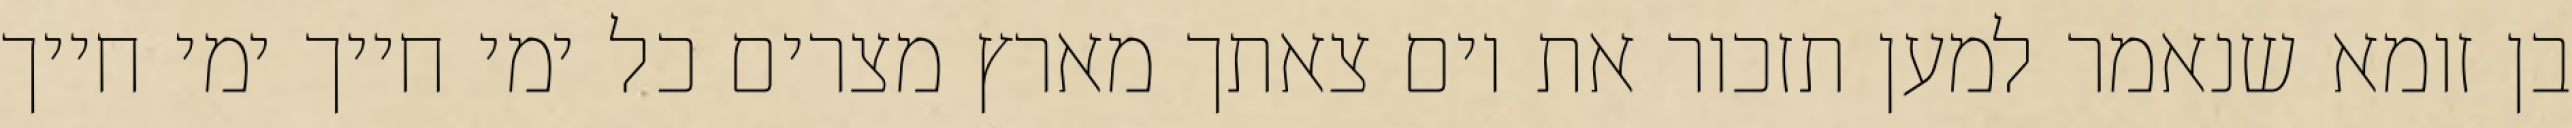
בן זומא שנאמר למען תזכור את יום צאתך מארץ מצרים כל ימי חייך ימי חייך